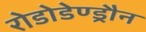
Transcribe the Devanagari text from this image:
रोडोडेण्ड्रौन